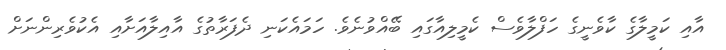
އާއި ކަމީލާގެ ކާވެނީގެ ހަފްލާވެސް ކެމީލިއާގައި ބޭއްވުނެވެ. ހަމައެކަނި ދެފަރާތުގެ އާއިލާއަށާއި އެކުވެރިންނަށް